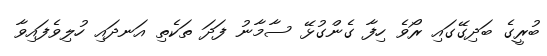
ބުރީގެ ބަދިގޭގައި ރޯވެ ހިފާ ގެންގުޅޭ ސާމާނު ފަދަ ތަކެތި އަނދައި ހުލިވެފައިވާ